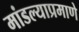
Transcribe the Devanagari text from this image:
मांडल्याप्रमाणे